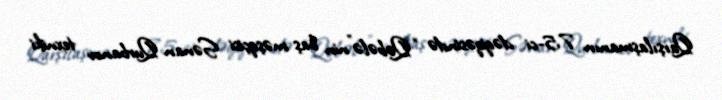
Qarşılaşmanın 75-ci dəqiqəsində “Qəbələ”nin baş məşqçisi Sənan Qurbanov texniki